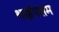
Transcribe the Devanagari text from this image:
थाईपसम